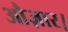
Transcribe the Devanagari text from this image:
औज़ार।